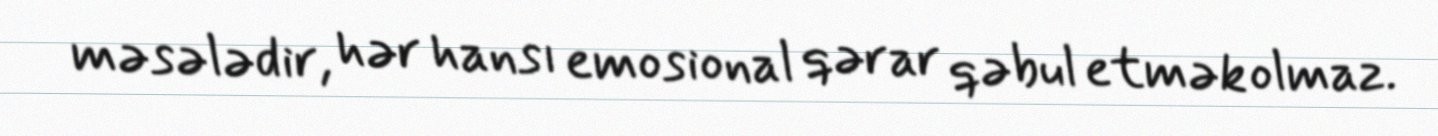
məsələdir, hər hansı emosional qərar qəbul etmək olmaz.